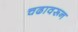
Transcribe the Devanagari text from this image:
चढावरून